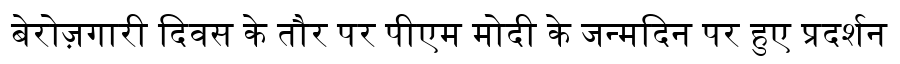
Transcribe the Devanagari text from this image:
बेरोज़गारी दिवस के तौर पर पीएम मोदी के जन्मदिन पर हुए प्रदर्शन